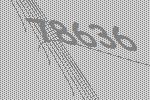
78636